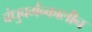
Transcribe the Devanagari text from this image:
बंधुवर्मन्कालीन